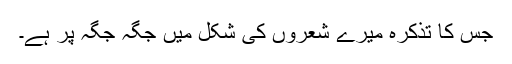
جس کا تذکرہ میرے شعروں کی شکل میں جگہ جگہ پر ہے۔